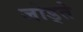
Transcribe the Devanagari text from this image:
जोड्ते